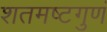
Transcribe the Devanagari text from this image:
शतमष्टगुणं